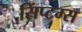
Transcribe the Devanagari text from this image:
सिंप्टम्स